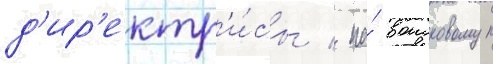
д'ир'ектр'и́сы / на́ воисковом